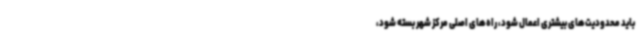
باید محدودیت‌های بیشتری اعمال شود، راه‌های اصلی مرکز شهر بسته شود،